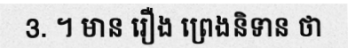
3. ។ មាន រឿង ព្រេងនិទាន ថា